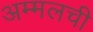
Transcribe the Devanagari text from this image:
अम्मलची